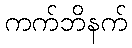
ကက်ဘိနက်